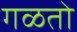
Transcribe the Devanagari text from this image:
गळतो